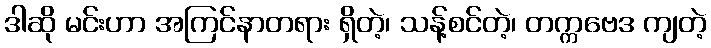
ဒါဆို မင်းဟာ အကြင်နာတရား ရှိတဲ့၊ သန့်စင်တဲ့၊ တက္ကဗေဒ ကျတဲ့